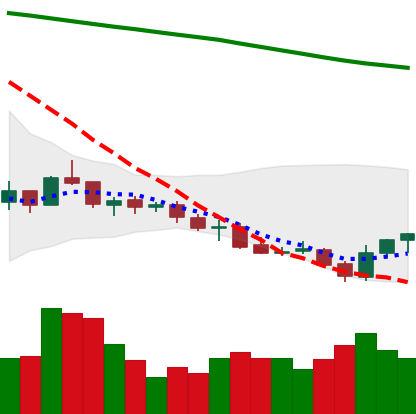
Ticker: LINK-USD
Chart end date: 2021-07-23
Forward return: 15.254%
Label: up_7plus